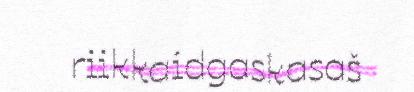
riikkaidgaskasaš